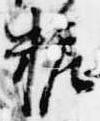
粧